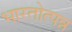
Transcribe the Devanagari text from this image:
भारतोत्पन्न